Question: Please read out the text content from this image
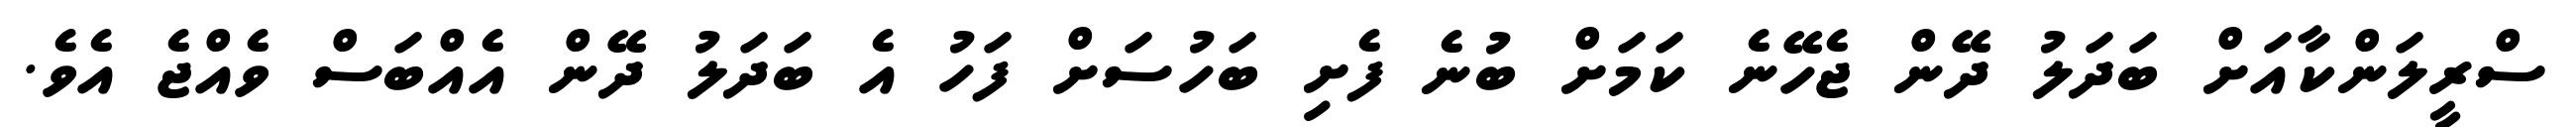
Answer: ސްރީލަންކާއަށް ބަދަލު ދޭން ޖެހޭނެ ކަމަށް ބުނެ ފެށި ބަހުސަށް ފަހު އެ ބަދަލު ދޭން އެއްބަސް ވެއްޖެ އެވެ.